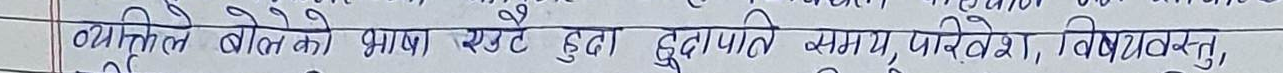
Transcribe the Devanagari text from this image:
व्यक्तिले बोलेको भाषा एउटै हुदा हुदै पनि समय, परिवेश, विषयवस्तु,